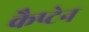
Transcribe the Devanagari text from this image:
कैप्‍टेन